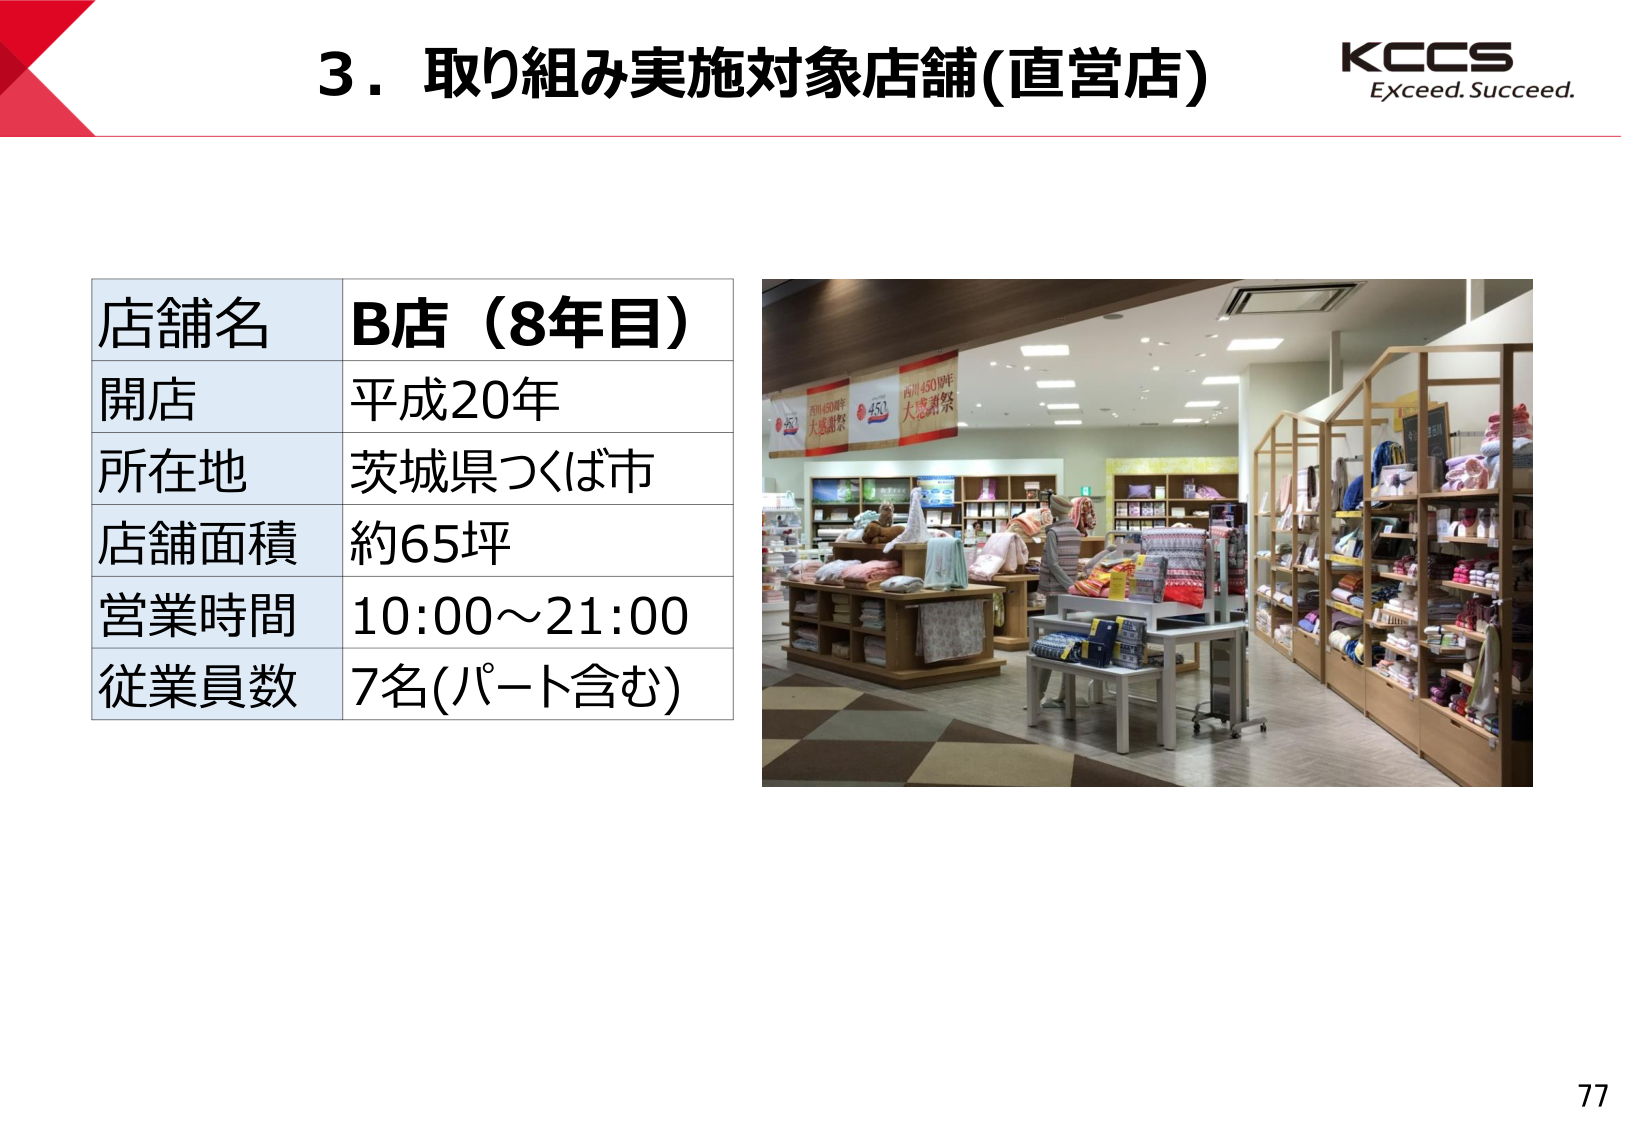
3．取り組み実施対象店舗(直営店)
KCCS
Exceed. Succeed.

店舗名　B店（8年目）
開店　平成20年
所在地　茨城県つくば市
店舗面積　約65坪
営業時間　10:00～21:00
従業員数　7名(パート含む)

内川450周年
大感謝祭
450

77